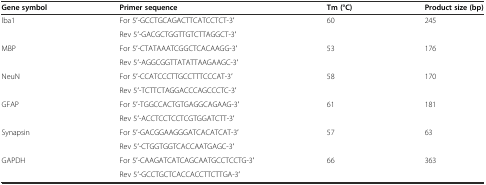
| Gene symbol | Primer sequence | Tm (°C) | Product size (bp) |
 | --- | --- | --- | --- |
 | <ROWSPAN=2> lba1 | For 5′-GCCTGCAGACTTCATCCTCT-3′ | <ROWSPAN=2> 60 | <ROWSPAN=2> 245 |
 | Rev 5′-GACGCTGGTTGTCTTAGGCT-3′ |
 | <ROWSPAN=2> MBP | For 5′-CTATAAATCGGCTCACAAGG-3′ | <ROWSPAN=2> 53 | <ROWSPAN=2> 176 |
 | Rev 5′-AGGCGGTTATATTAAGAAGC-3′ |
 | <ROWSPAN=2> NeuN | For 5′-CCATCCCTTGCCTTTCCCAT-3′ | <ROWSPAN=2> 58 | <ROWSPAN=2> 170 |
 | Rev 5′-TCTTCTAGGACCCAGCCCTC-3′ |
 | <ROWSPAN=2> GFAP | For 5′-TGGCCACTGTGAGGCAGAAG-3′ | <ROWSPAN=2> 61 | <ROWSPAN=2> 181 |
 | Rev 5′-ACCTCCTCCTCGTGGATCTT-3′ |
 | <ROWSPAN=2> Synapsin | For 5′-GACGGAAGGGATCACATCAT-3′ | <ROWSPAN=2> 57 | <ROWSPAN=2> 63 |
 | Rev 5′-CTGGTGGTCACCAATGAGC-3′ |
 | <ROWSPAN=2> GAPDH | For 5′-CAAGATCATCAGCAATGCCTCCTG-3′ | <ROWSPAN=2> 66 | <ROWSPAN=2> 363 |
 | Rev 5′-GCCTGCTCACCACCTTCTTGA-3′ |